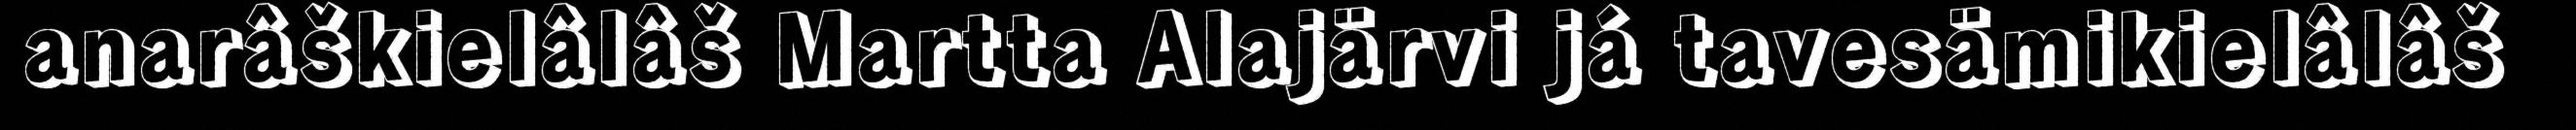
anarâškielâlâš Martta Alajärvi já tavesämikielâlâš